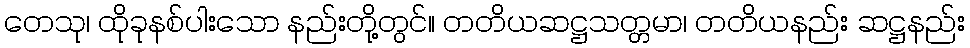
တေသု၊ ထိုခုနစ်ပါးသော နည်းတို့တွင်။ တတိယဆဋ္ဌသတ္တမာ၊ တတိယနည်း ဆဋ္ဌနည်း